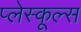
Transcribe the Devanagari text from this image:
प्लेस्कूल्स